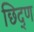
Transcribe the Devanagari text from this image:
छिद्ण